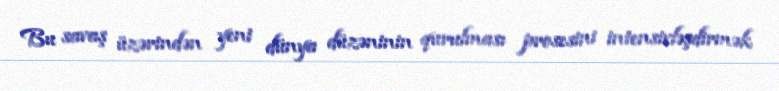
Bu savaş üzərindən yeni dünya düzəninin qurulması prosesini intensivləşdirmək